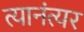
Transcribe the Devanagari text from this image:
त्यानंत्यर